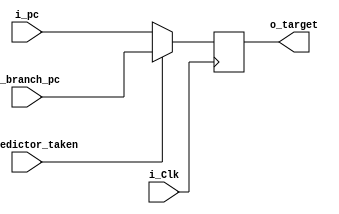
module icache_mux#(
					parameter ADDRESS_WIDTH = 22
				)
				(
					input i_Clk,
					
					//input from fetch unit
					input [ADDRESS_WIDTH-1:0] i_pc,
					
					//input from branch predictor/btb
					input [ADDRESS_WIDTH-1:0] i_branch_pc,		//branch target from btb
					input i_predictor_taken,						//prediction from branch predictor
					
					//output target for current stage branch
					output [ADDRESS_WIDTH-1:0] o_target			//result based on prediction
				);
		
reg [ADDRESS_WIDTH-1:0] result;


always@(posedge i_Clk)
begin
	if(i_predictor_taken)
	begin
		result <= i_branch_pc;
	end
	else
	begin
		result <= i_pc;
	end
end

assign o_target = result;


endmodule